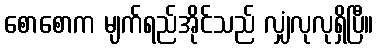
စောစောက မျက်ရည်အိုင်သည် လျှံလုလုရှိပြီ။